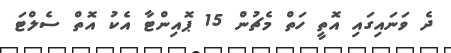
ދެ ވަނައިގައި އޮތީ ހަތް މެޗުން 15 ޕޮއިންޓާ އެކު އޮތް ސެލްޓަ